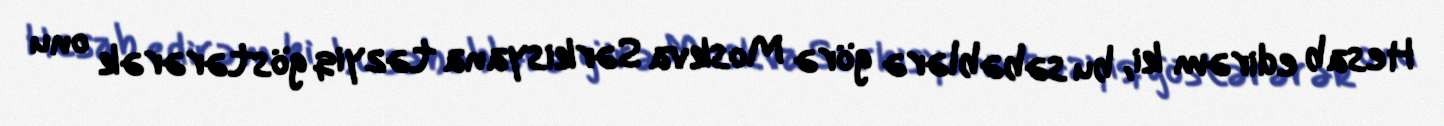
Hesab edirəm ki, bu səbəblərə görə Moskva Sərkisyana təzyiq göstərərək onu